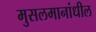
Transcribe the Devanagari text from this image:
मुसलमानांधील